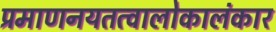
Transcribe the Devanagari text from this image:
प्रमाणनयतत्वालोकालंकार